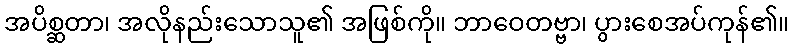
အပိစ္ဆတာ၊ အလိုနည်းသောသူ၏ အဖြစ်ကို။ ဘာဝေတဗ္ဗာ၊ ပွားစေအပ်ကုန်၏။